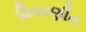
વિકરણીત